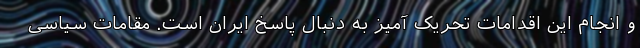
و انجام این اقدامات تحریک آمیز به دنبال پاسخ ایران است. مقامات سیاسی